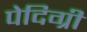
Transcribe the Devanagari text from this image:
पेदिग्री